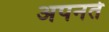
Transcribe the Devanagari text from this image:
अपनते